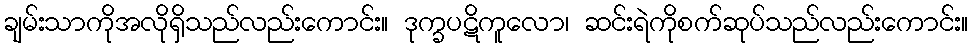
ချမ်းသာကိုအလိုရှိသည်လည်းကောင်း။ ဒုက္ခပဋိကူလော၊ ဆင်းရဲကိုစက်ဆုပ်သည်လည်းကောင်း။